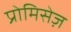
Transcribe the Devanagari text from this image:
प्रोमिसेज़